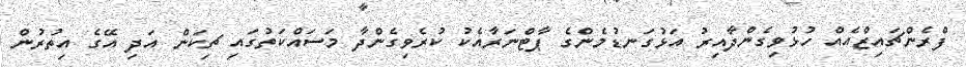
ފްެރެންޗައިޒްއެއްް ހުޅުވިގެންދާއިރު އަޅުގަނޑުމެންގެ ޕާޓްނަރާއެކު ކުރެވިގެންދާ މަސައްކަތުގައި ޗިކަން އަދި އޭގެ އިތުރުން